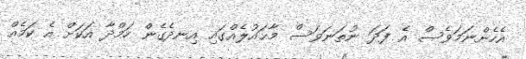
އެހެންނަމަވެސް އެ ފަދަ ނުތަނަވަސް މާޙައުލެއްގައި އިނދެގެން ހަމްދާ އަކަށް އެ ކަމެއް